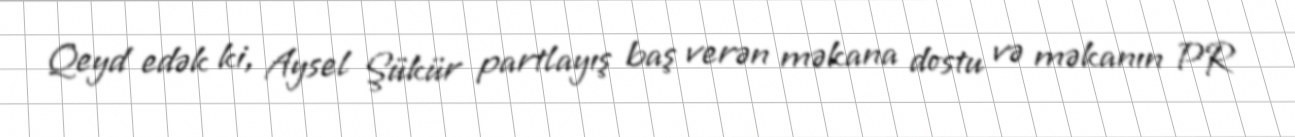
Qeyd edək ki, Aysel Şükür partlayış baş verən məkana dostu və məkanın PR